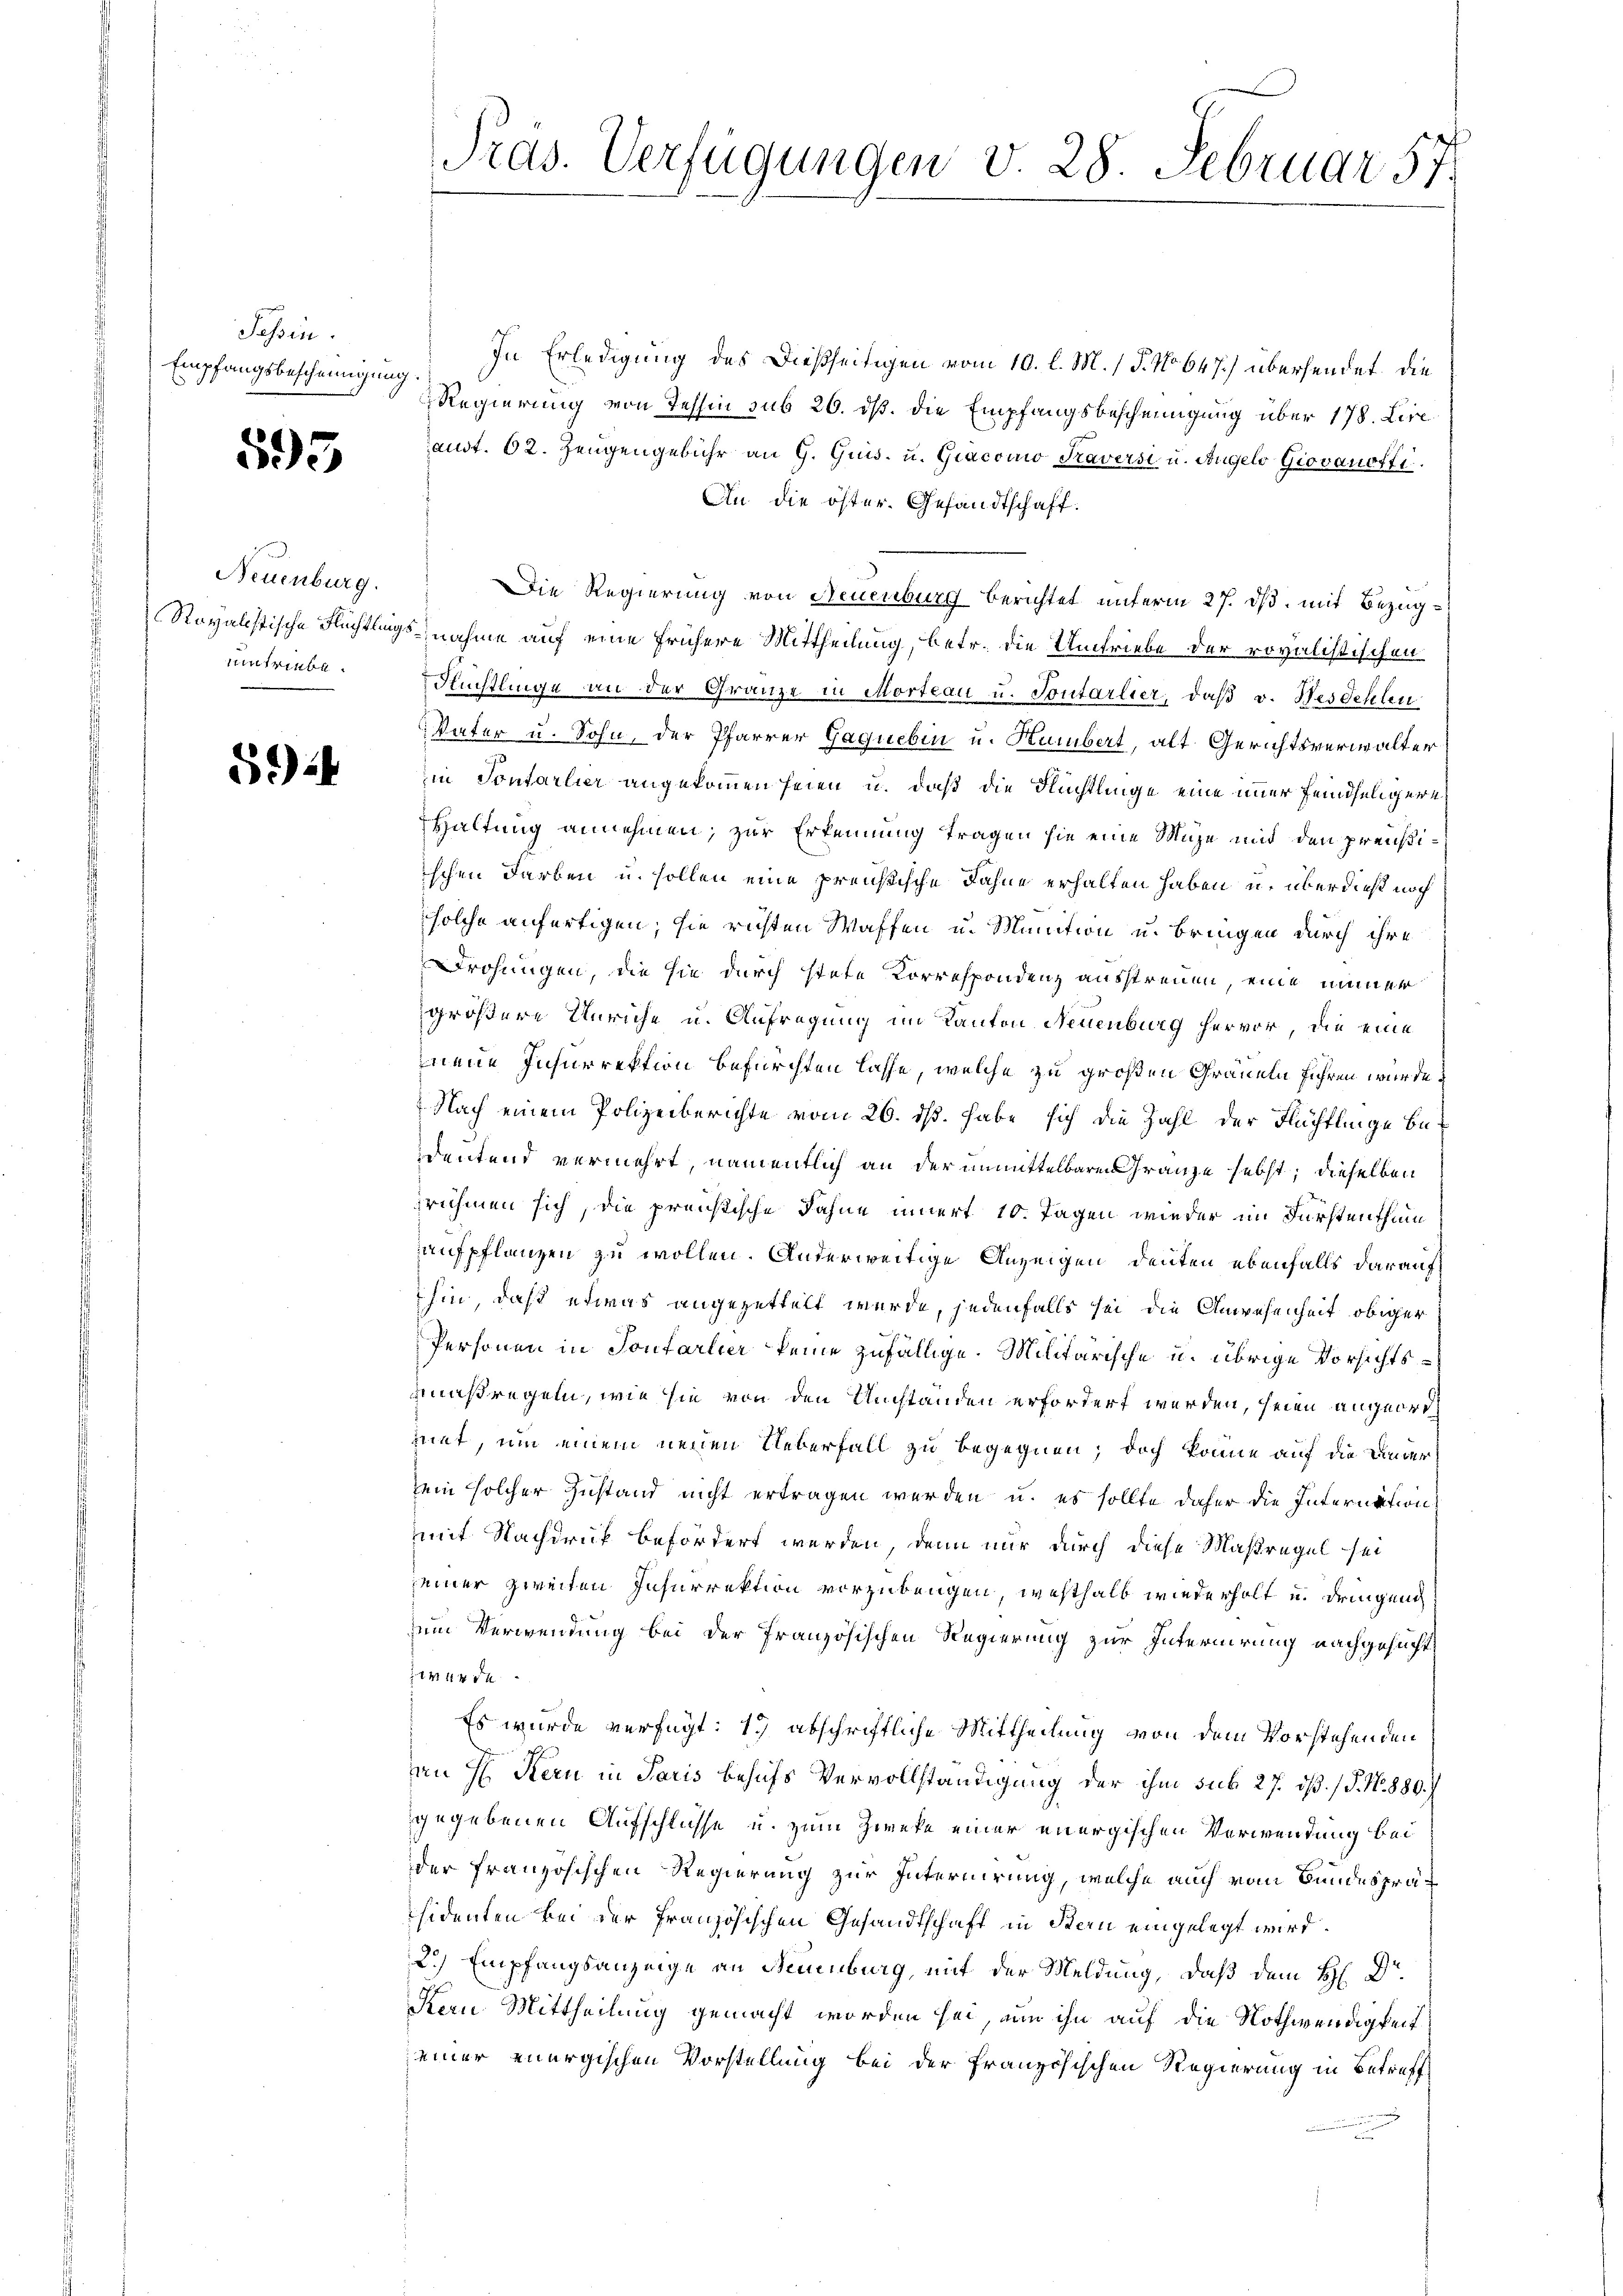
Tessin.
Empfangsbescheinigung.

595

Neuenburg.
eintriebe.

54

Pras. Verfügungen v. 28. Februar 57

In Erledigung des Dießseitigen vom 10. l. M. / P. No 647.) übersendet. Die
Regierung von Tessin sub 20. ds. die Empfangsbescheinigung über 178. Lire.
andt. 62. Zeŭgengebühr an G. Quis. u. Giacomo Kaversi u. Angelo Giovanoffi
An die öster. Gesandtschaft.
Die Regierung von Neuenburg berichtet unterm 27. ds. mit Bezug¬
Royalistische Richtlingsnahme auf eine frühere Mittheilung, betr. die Umtriebe der rovalistischen
Flüchtlinge an der Gränze in Morteau u. Pontarlier, daß v. Bestehlen
Vater u. Sohn, der Pfarrer Gaquebin u. Hambert, alt Gerichtsverwalter
in Sontarlier angekommen seien u. daß die Flüchtlinge eine immer feindseligere
Haltung annehmen, zur Erkennung tragen sie eine Mühe mit den preußischen Farben u. sollen eine preußische Fahne erhalten haben, u. überdiese noch
solche anfertigen; sie richten Waffen u. Munition u. bringen durch ihre
Drohungen, die sie durch stete Korrespondenz ausstreuen, eine immer
größere Unriche u. Anfragung im Kanton Neuenburg hervor, die eine
neue Insurrektion befürchten lasse, welche zu großen Grauem führen wurde,
Nach einem Polizeiberichte vom 26. ds. habe sich die Zahl der Flüchtlinge beeutend vermehrt, namentlich an der unmittelbare Gränze selbst; dieselben
rühmen sich, die preistische Fahne innert 10. Tagen wieder im Fürstenthum
aufpflanzen zu wollen. Anderweitige Anzeigen deuten ebenfalls darauf
hin, daß etwas angezettelt wurde, jedenfalls sei die Anwesenheit obiger
Personen in Sontarlier keine zufällige. Militärische u. übrige Vorsichtsmmaßregen, wie sie von den Umständen erfordert werden, seien angeordnet, um einem neuen Ueberfall zu begegnen; doch könne auf die Dauer
sein solcher Zustand nicht ertragen werden u. es sollte daher die Internation
mit Nachdruck befördert werden, denn nur durch diese Maßregel sei
seiner zweiten Insurrektion vorzubeugen, westhalb wiederholt u. dringend
um Verwendung bei der französischen Regierung zur Internirung nachgesucht
1444 de
Es wurde verfügt: 1.) abschriftliche Mittheilung von dem Vorstehenden
an H. Stern in Paris behufs Vervollständigung der ihm sub 27. öß. (§. N. 880.
gegebenen Aufschlüsse u. zum Zweke einer energischen Verwendung bei
der französischen Regierung zur Internirung, welche auch vom Bundespräsidenten bei der französischen Gesandtschaft in Stern eingelegt wird.
2.) Empfangsanzeige an Neuenburg, mit der Meldung, daß dem H. Dr.
Kern Mittheilung gemacht worden sei, um ihn auf die Nothwendigkeit
einer energischen Vorstellung bei der französischen Regierung in Betreff